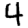
Digit: 4